Indian Medical Review
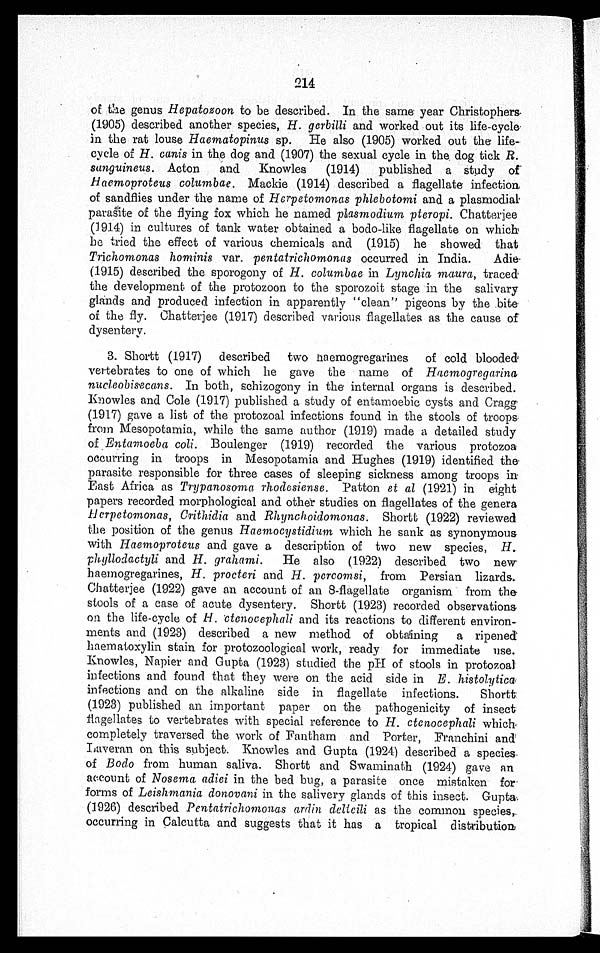
214
of the genus Hepatozoon to be described. In the same year Christophers
(1905) described another species, H. gerbilli and worked out its life-cycle
in the rat louse Haematopinus sp. He also (1905) worked out the life-
cycle of H. canis in the dog and (1907) the sexual cycle in the dog tick R.
sanguineus. Acton and Knowles (1914) published a Study of
Haemoproteus columbae. Mackie (1914) described a flagellate infection
of sandflies under the name of Herpetomonas phlebotomi and a plasmodial
parasite of the flying fox which he named plasmodium pteropi. Chatterjee
(1914) in cultures of tank water obtained a bodo-like flagellate on which
he tried the effect of various chemicals and (1915) he showed that
Trichomonas hominis var. pentatrichomonas occurred in India. Adie
(1915) described the sporogony of H. columbae in Lynchia maura, traced
the development of the protozoon to the sporozoit stage in the salivary
glands and produced infection in apparently "clean" pigeons by the bite
of the fly. Chatterjee (1917) described various flagellates as the cause of
dysentery.
3. Shortt (1917) described two haemogregarines of cold blooded
vertebrates to one of which he gave the name of Haemogregarina
nucleobisecans. In both, schizogony in the internal organs is described.
Knowles and Cole (1917) published a study of entamoebic cysts and Cragg
(1917) gave a list of the protozoal infections found in the stools of troops
from Mesopotamia, while the same author (1919) made a detailed study
of Entamoeba coli. Boulenger (1919) recorded the various protozoa
occurring in troops in Mesopotamia and Hughes (1919) identified the
parasite responsible for three cases of sleeping sickness among troops in
East Africa as Trypanosoma rhodesiense. Patton et al (1921) in eight
papers recorded morphological and other studies on flagellates of the genera
Herpetomonas, Crithidia and Rhynchoidomonas. Shortt (1922) reviewed
the position of the genus Haemocystidium which he sank as synonymous
with Haemoproteus and gave a description of two new species, H.
phyllodactyli and H. grahami. He also (1922) described two new
haemogregarines, H. procteri and H. percomsi, from Persian lizards.
Chatterjee (1922) gave an account of an 8-flagellate organism from the
stools of a case of acute dysentery. Shortt (1923) recorded observations
on the life-cycle of H. ctenocephali and its reactions to different environ-
ments and (1923) described a new method of obtaining a ripened
haematoxylin stain for protozoological work, ready for immediate use.
Knowles, Napier and Gupta (1923) studied the pH of stools in protozoal
infections and found that they were on the acid side in E. histolytica
infections and on the alkaline side in flagellate infections. Shortt
(1923) published an important paper on the pathogenicity of insect
flagellates to vertebrates with special reference to H. ctenocephali which
completely traversed the work of Fantham and Porter, Franchini and
Laveran on this subject. Knowles and Gupta (1924) described a species.
of Bodo from human saliva. Shortt and Swaminath (1924) gave an
account of Nosema adiei in the bed bug, a parasite once mistaken for
forms of Leishmania donovani in the salivery glands of this insect. Gupta
(1926) described Pentatrichomonas ardin delteili as the common species,
occurring in Calcutta and suggests that it has a tropical distribution